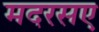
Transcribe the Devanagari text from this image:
मदरसए